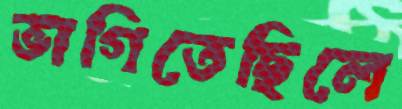
ভাগিতেছিলে